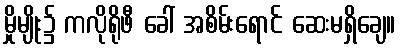
မှိုမျိုး၌ ကလိုရိုဖီ ခေါ် အစိမ်းရောင် ဆေးမရှိချေ။